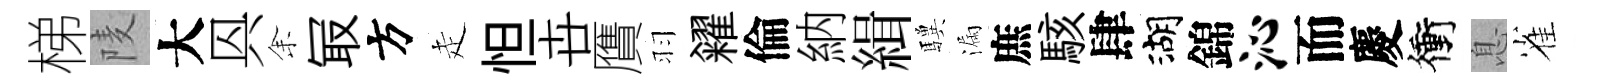
梯𨹧大㒷𪜬冣方走怛卋贋羽糴倫納緝驥漏庶駭肆湖錦沁而慶衝息雀